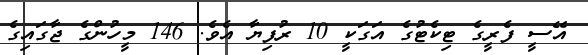
އޭސީ ފެރީގެ ޓިކެޓުގެ އަގަކީ 10 ރުފިޔާ އެވެ. 146 މީހުންގެ ޖާގައިގެ